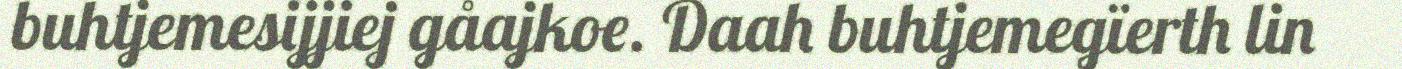
buhtjemesijjiej gåajkoe. Daah buhtjemegïerth lin